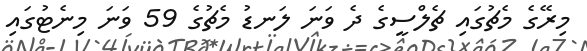
މިރޭގެ މެޗުގައި ޗެލްސީގެ ދެ ވަނަ ލަނޑު މެޗުގެ 59 ވަނަ މިނެޓުގައި